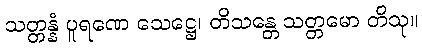
သတ္တန္နံ ပူရဏေ သေဋ္ဌေ၊ တိသန္တေ သတ္တမော တိသု။